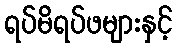
ရပ်မိရပ်ဖများနှင့်